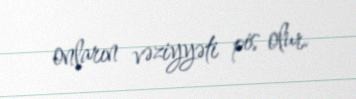
onların vəziyyəti pis olur.